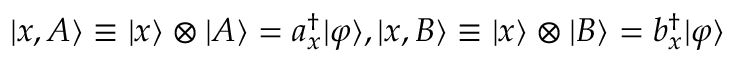
| x , A \rangle \equiv | x \rangle \otimes | A \rangle = a _ { x } ^ { \dagger } | \varphi \rangle , | x , B \rangle \equiv | x \rangle \otimes | B \rangle = b _ { x } ^ { \dagger } | \varphi \rangle